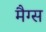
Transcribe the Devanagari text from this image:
मैग्स